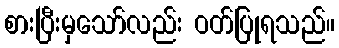
စားပြီးမှသော်လည်း ဝတ်ပြုရသည်။